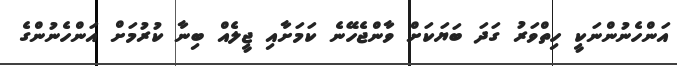
އަންހެނުންނަކީ ހިތްވަރު ގަދަ ބަޔަކަށް ވާންޖެހޭނެ ކަމަށާއި ޖީލެއް ބިނާ ކުރުމަށް އަންހެނުންގެ